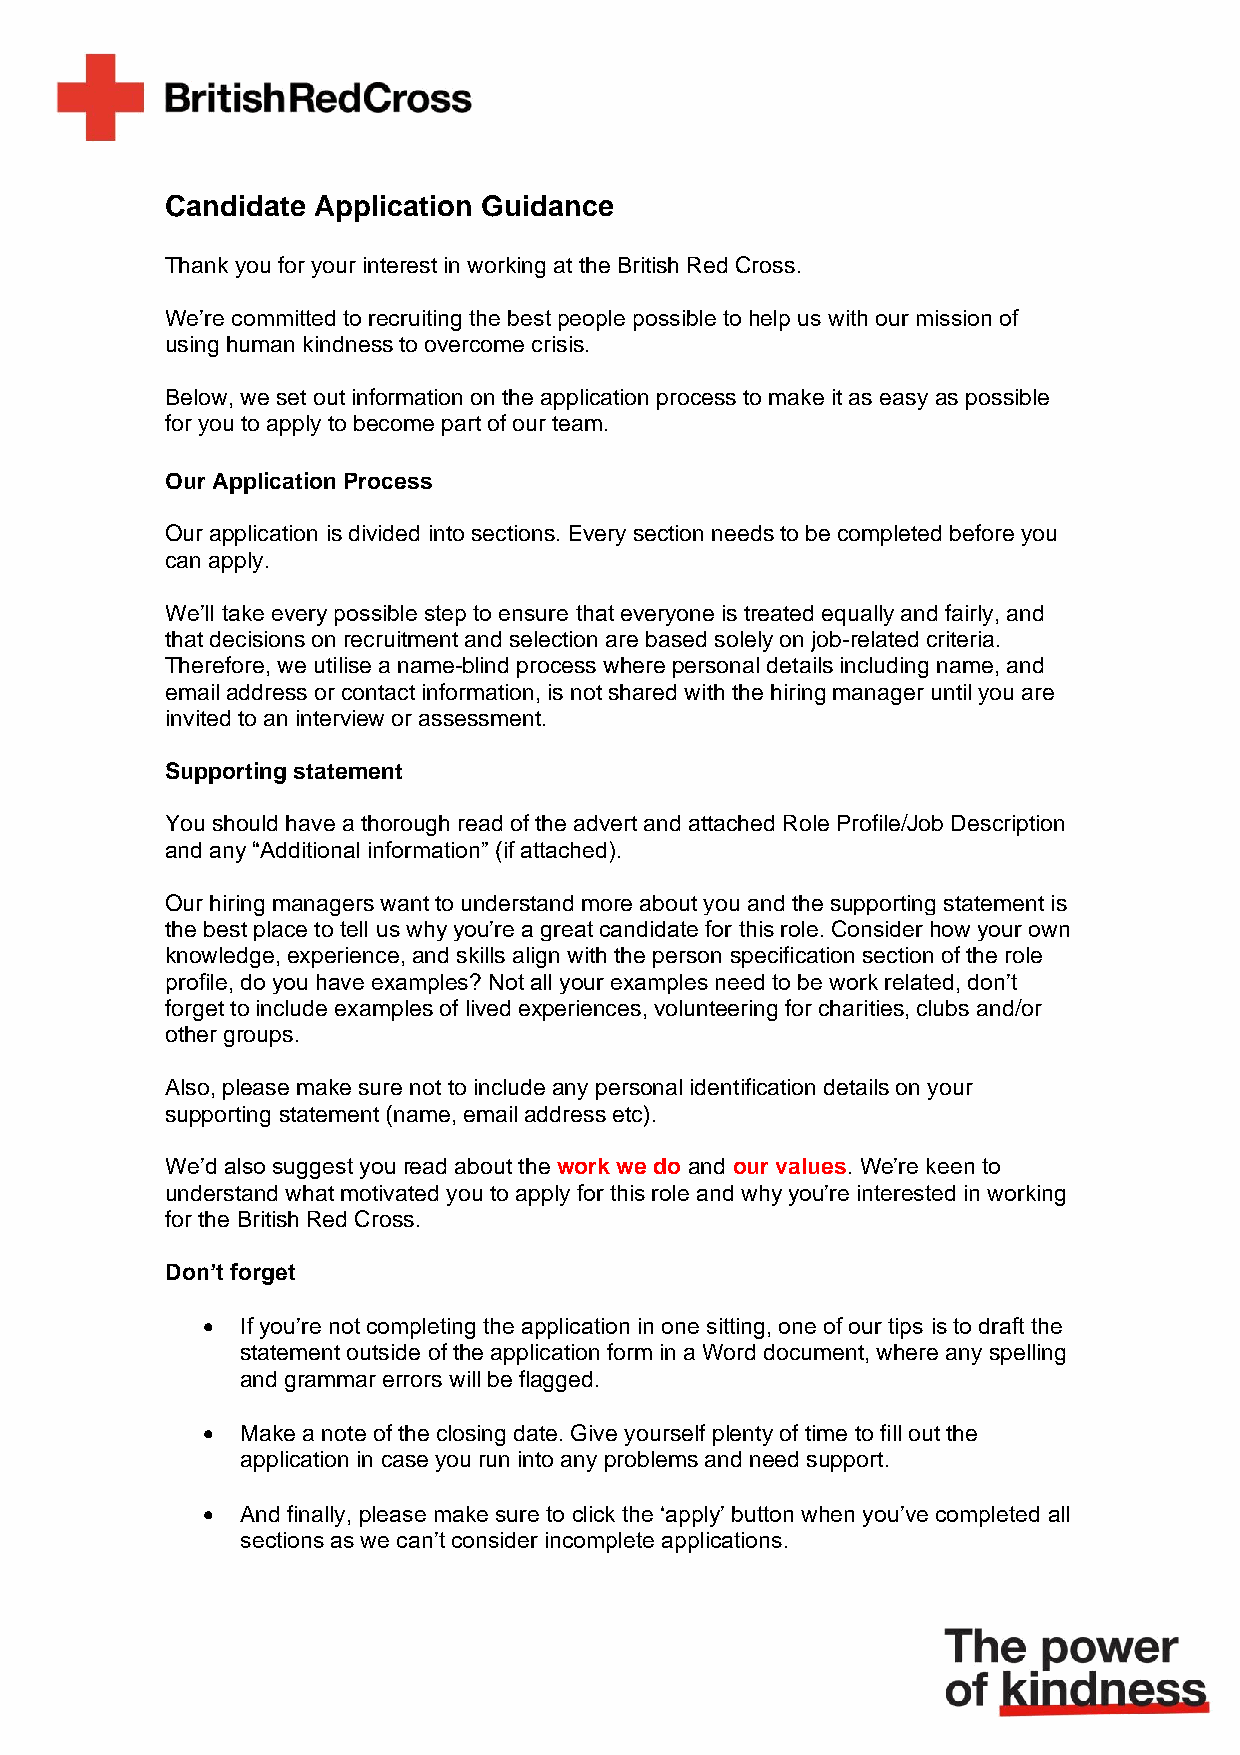
Candidate Application Guidance
 Thank you for your interest in working at the British Red Cross.
 We’re committed to recruiting the best people possible to help us with our mission of
 using human kindness to overcome crisis.
 Below, we set out information on the application process to make it as easy as possible
 for you to apply to become part of our team.
 Our Application Process
 Our application is divided into sections. Every section needs to be completed before you
 can apply.
 We’ll take every possible step to ensure that everyone is treated equally and fairly, and
 that decisions on recruitment and selection are based solely on job-related criteria.
 Therefore, we utilise a name-blind process where personal details including name, and
 email address or contact information, is not shared with the hiring manager until you are
 invited to an interview or assessment.
 Supporting statement
 You should have a thorough read of the advert and attached Role Profile/Job Description
 and any “Additional information” (if attached).
 Our hiring managers want to understand more about you and the supporting statement is
 the best place to tell us why you’re a great candidate for this role. Consider how your own
 knowledge, experience, and skills align with the person specification section of the role
 profile, do you have examples? Not all your examples need to be work related, don’t
 forget to include examples of lived experiences, volunteering for charities, clubs and/or
 other groups.
 Also, please make sure not to include any personal identification details on your
 supporting statement (name, email address etc).
 We’d also suggest you read about the work we do and our values. We’re keen to
 understand what motivated you to apply for this role and why you’re interested in working
 for the British Red Cross.
 Don’t forget
 •  If you’re not completing the application in one sitting, one of our tips is to draft the
 statement outside of the application form in a Word document, where any spelling
 and grammar errors will be flagged.
 •  Make a note of the closing date. Give yourself plenty of time to fill out the
 application in case you run into any problems and need support.
 •  And finally, please make sure to click the ‘apply’ button when you’ve completed all
 sections as we can’t consider incomplete applications.